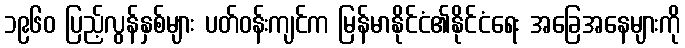
၁၉၆၀ ပြည့်လွန်နှစ်များ ပတ်ဝန်းကျင်က မြန်မာနိုင်ငံ၏နိုင်ငံရေး အခြေအနေများကို